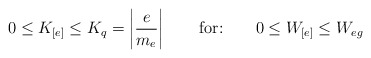
\begin{align*}0\leq K_{[e]}\leq K_{q}=\left|\frac{e}{m_{e}}\right| \qquad\mbox{for:}\qquad 0\leq W_{[e]}\leq W_{eg}\end{align*}